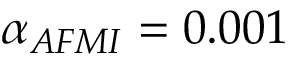
{ \alpha } _ { A F M I } = 0 . 0 0 1